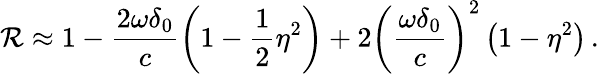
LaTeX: \mathcal{R}\approx1-\frac{{2\omega\delta_{0}}}{{c}}\left(1-\frac{{1}}{{2}}\eta^{2}\right)+2\left(\frac{{\omega\delta_{0}}}{{c}}\right)^{2}\left(1-\eta^{2}\right)\, .